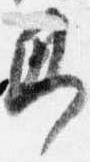
即